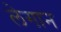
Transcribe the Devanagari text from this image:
लेगान